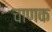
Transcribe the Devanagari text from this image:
चाणक